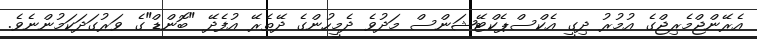
އެރޭންޖްމެރިޖްގެ އުމުރު ދިގީ އެކްސްޕެކްޓޭޝަންސް މަދުވެ ދެމީހުންގެ ދޭތެރޭ އުފެދޭ "ބޮންޑް"ގެ ވަރުގަދަކަމުންނެވެ.